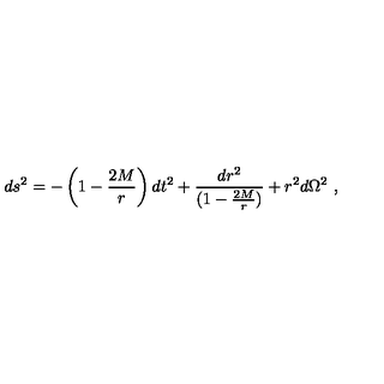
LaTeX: d s ^ { 2 } = - \left( 1 - \frac { 2 M } { r } \right) d t ^ { 2 } + { \frac { d r ^ { 2 } } { ( 1 - \frac { 2 M } { r } ) } } + r ^ { 2 } d \Omega ^ { 2 } \ ,